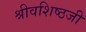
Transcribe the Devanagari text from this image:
श्रीवशिष्ठजी